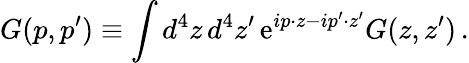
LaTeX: G(p,p^{\prime})\equiv\int d^{4}z\, d^{4}z^{\prime}\, \mathrm{e}^{ip\cdot z-ip^{\prime}\cdot z^{\prime}}G(z,z^{\prime})\, .